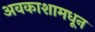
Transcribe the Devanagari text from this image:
अवकाशामधून